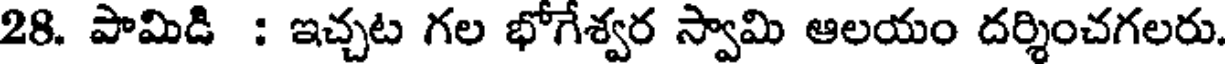
28. పామిడి : ఇచ్చట గల భోగేశ్వర స్వామి ఆలయం దర్శించగలరు.